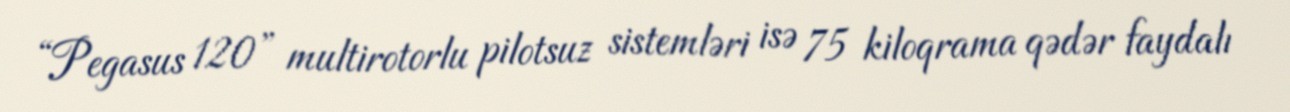
“Pegasus 120” multirotorlu pilotsuz sistemləri isə 75 kiloqrama qədər faydalı